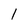
Character: l